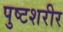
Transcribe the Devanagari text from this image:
पुष्टशरीर